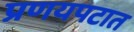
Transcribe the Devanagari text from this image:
प्रणयपटात